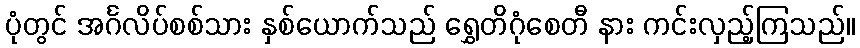
ပုံတွင် အင်္ဂလိပ်စစ်သား နှစ်ယောက်သည် ရွှေတိဂုံစေတီ နား ကင်းလှည့်ကြသည်။